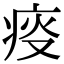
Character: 𤶌